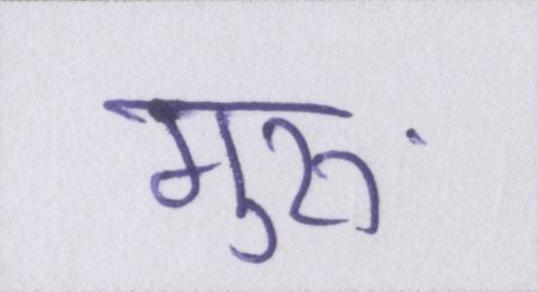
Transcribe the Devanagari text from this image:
गुरुॱ